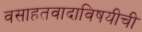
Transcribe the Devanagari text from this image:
वसाहतवादाविषयीची